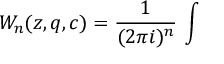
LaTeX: W _ { n } ( z , q , c ) = \frac { 1 } { ( 2 \pi i ) ^ { n } } \, \int